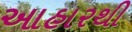
આહારથી